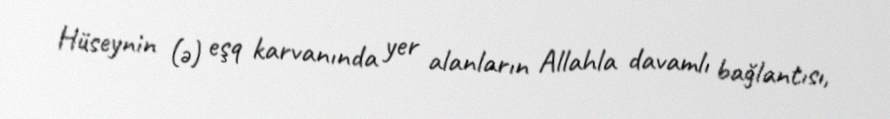
Hüseynin (ə) eşq karvanında yer alanların Allahla davamlı bağlantısı,